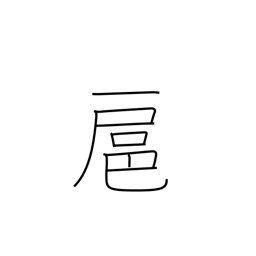
Meaning: follow